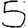
Digit: 5